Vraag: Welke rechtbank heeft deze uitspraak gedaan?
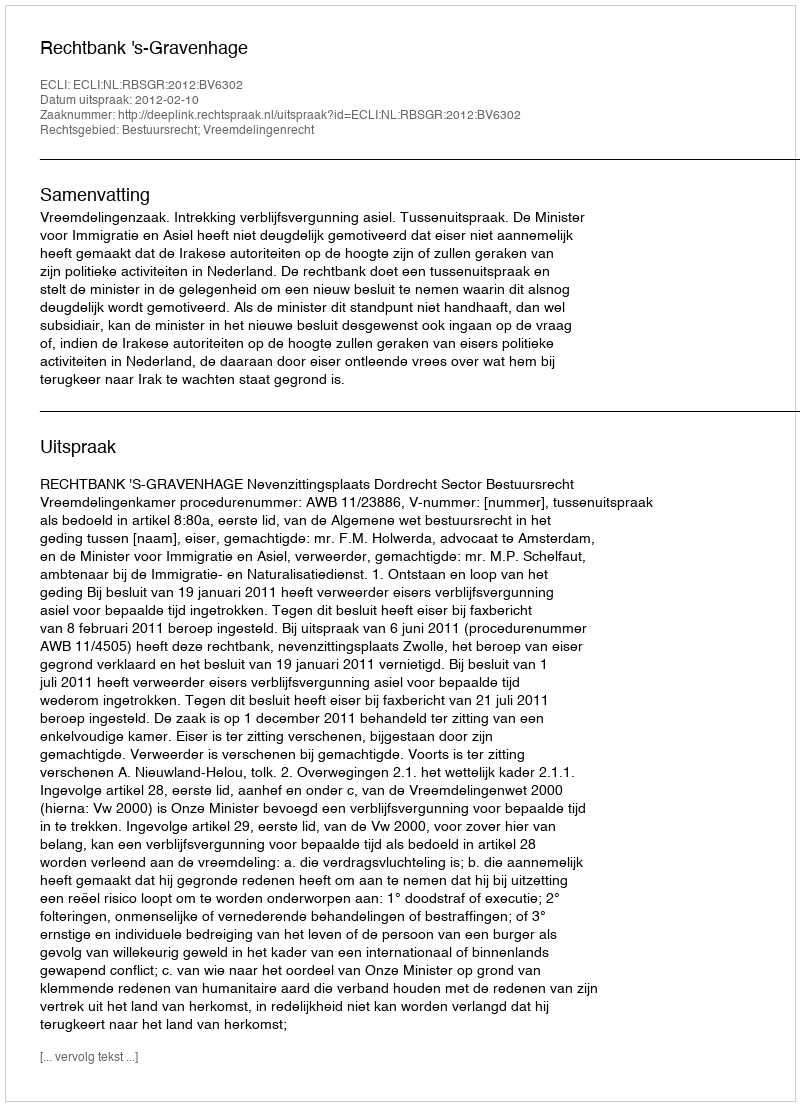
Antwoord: Rechtbank 's-Gravenhage